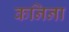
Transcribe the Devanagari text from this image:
कनिना